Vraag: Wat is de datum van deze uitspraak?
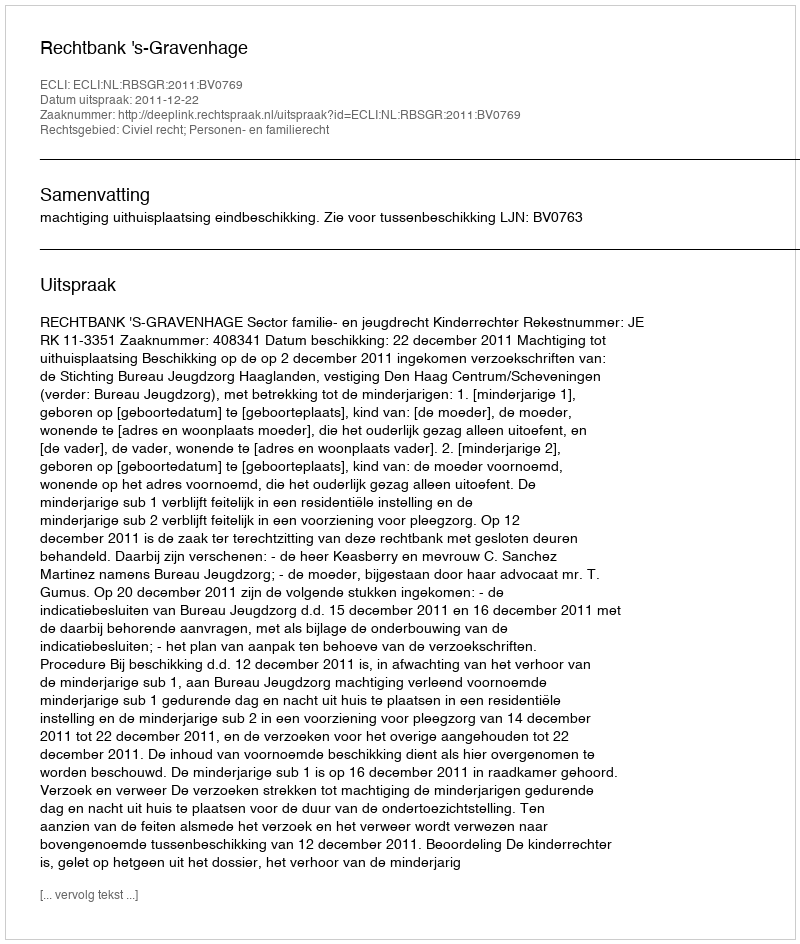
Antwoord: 2011-12-22